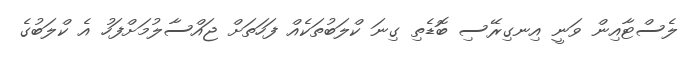
ލެސްޓާއިން ވަނީ އިނގިރޭސި ބޮޑެތި ގިނަ ކްލަބުތަކެއް ފަހަތަށް ޖައްސާލުމަށްފަހު އެ ކްލަބުގެ